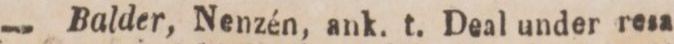
—    Balder, Nenzén, ank. t. Deal under resa